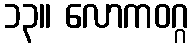
၁၃။ လောကဝဂ္ဂ